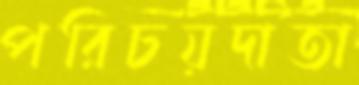
পরিচয়দাতা